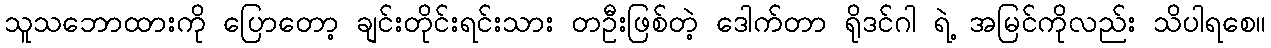
သူသဘောထားကို ပြောတော့ ချင်းတိုင်းရင်းသား တဦးဖြစ်တဲ့ ဒေါက်တာ ရိုဒင်ဂါ ရဲ့ အမြင်ကိုလည်း သိပါရစေ။